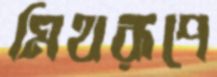
মিথরূপে